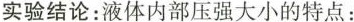
实验结论：液体内部压强大小的特点：